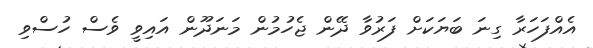
އެއްފަހަރާ ގިނަ ބަޔަކަށް ފަރުވާ ދޭން ޖެހުމުން މަނަދޫން އައިވީ ވެސް ހުސްވި